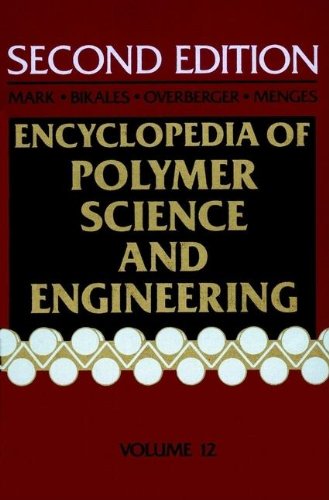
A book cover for Polyesters to Polypeptide Synthesis, Volume 12, Encyclopedia of Polymer Science and Engineering, 2nd Edition; Science & Math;